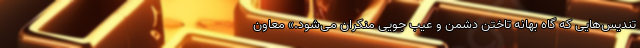
تندیس‌هایی که گاه بهانه تاختن دشمن و عیب جویی منکران می‌شود.» معاون